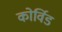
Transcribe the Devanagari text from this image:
कोर्विड